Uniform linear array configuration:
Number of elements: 32
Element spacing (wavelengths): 1
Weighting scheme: hamming
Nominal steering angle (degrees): -45
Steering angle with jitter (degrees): -46.17
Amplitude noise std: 0.05
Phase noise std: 0.05

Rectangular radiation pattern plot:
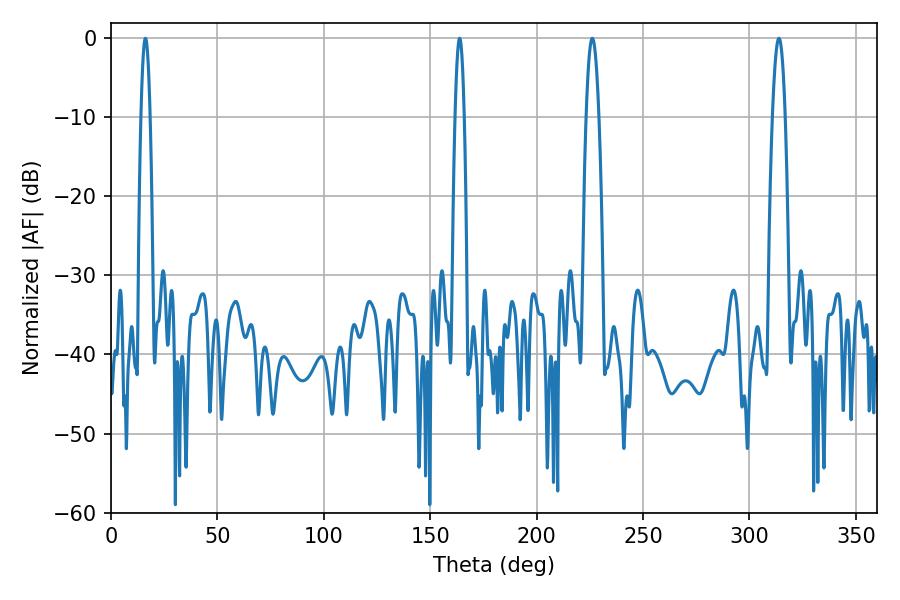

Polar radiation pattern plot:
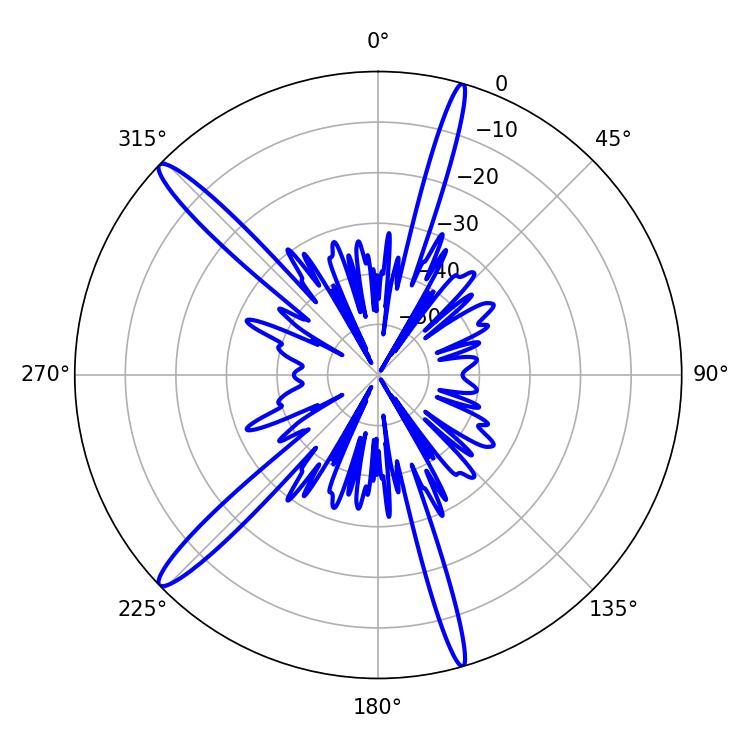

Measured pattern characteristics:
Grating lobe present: TRUE
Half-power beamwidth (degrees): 2.16
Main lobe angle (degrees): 16.2